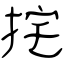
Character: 挓